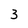
Character: 3